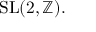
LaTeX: \mathrm { { S L } } ( 2 , \mathbb { Z } ) .